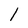
Character: 1